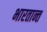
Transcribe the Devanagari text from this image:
भारतान्त